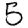
Digit: 5